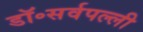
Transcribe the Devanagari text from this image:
डॉ॰सर्वपल्ली